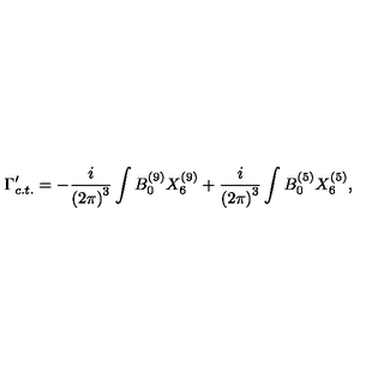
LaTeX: \Gamma _ { c . t . } ^ { \prime } = - { \frac { i } { { ( 2 \pi ) } ^ { 3 } } } \int B _ { 0 } ^ { ( 9 ) } X _ { 6 } ^ { ( 9 ) } + { \frac { i } { { ( 2 \pi ) } ^ { 3 } } } \int B _ { 0 } ^ { ( 5 ) } X _ { 6 } ^ { ( 5 ) } ,